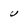
Character: v